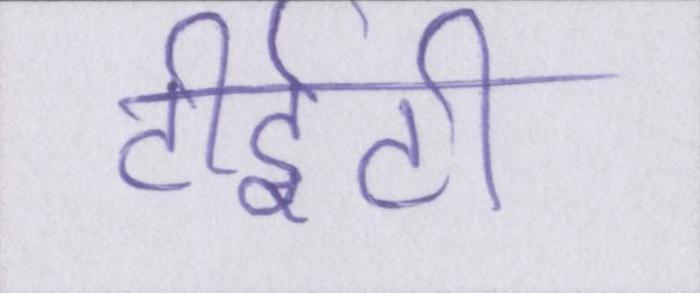
टीईटी